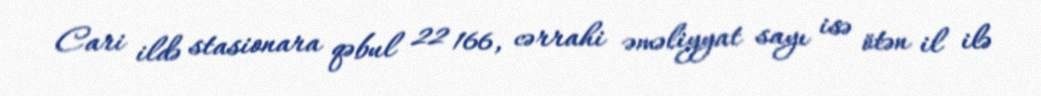
Cari ildə stasionara qəbul 22 166, cərrahi əməliyyat sayı isə ötən il ilə